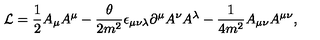
{ \cal L } = { \frac { 1 } { 2 } } A _ { \mu } A ^ { \mu } - { \frac { \theta } { 2 m ^ { 2 } } } \epsilon _ { \mu \nu \lambda } \partial ^ { \mu } A ^ { \nu } A ^ { \lambda } - { \frac { 1 } { 4 m ^ { 2 } } } A _ { \mu \nu } A ^ { \mu \nu } ,